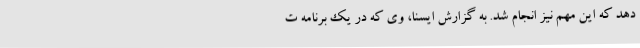
دهد که این مهم نیز انجام شد. به گزارش ایسنا، وی که در یک برنامه ت